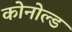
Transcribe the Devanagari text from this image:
कोनोल्ड